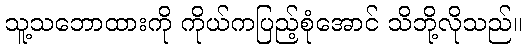
သူ့သဘောထားကို ကိုယ်ကပြည့်စုံအောင် သိဘို့လိုသည်။